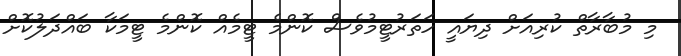
މި މުބާރާތް ކުރިއަށް ދިޔައީ ހަތަރުޓީމުވެސް ކޮންމެ ޓީމެއް ކޮންމެ ޓީމަކާ ބައްދަލުކޮށް